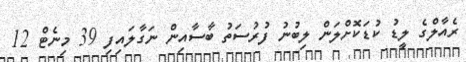
ރެއާލްގެ ލީޑު ކުޑަކޮށްލަން ލިބުނު ފުރުސަތު ބާސާއިން ނަގާލައިފި 39 މިނެޓް 12